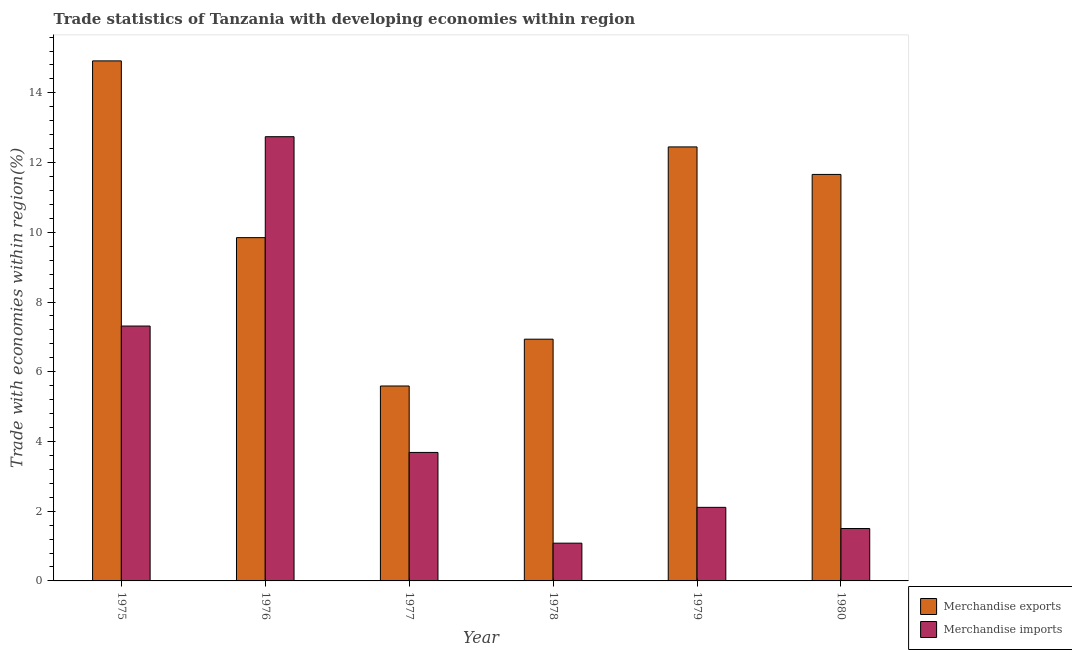
| Year | Merchandise exports | Merchandise imports |
 | --- | --- | --- |
 | 1975 | 14.9 | 7.31 |
 | 1976 | 9.85 | 12.7 |
 | 1977 | 5.59 | 3.69 |
 | 1978 | 6.93 | 1.08 |
 | 1979 | 12.4 | 2.11 |
 | 1980 | 11.7 | 1.5 |